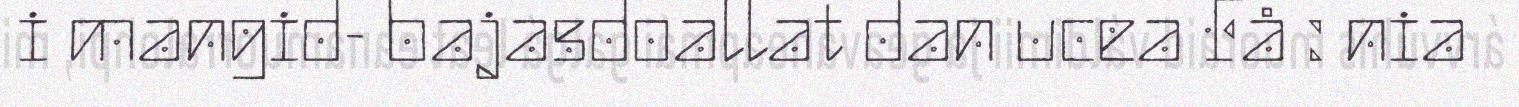
i mangid- bajasdoallat dan ucea Få : nia